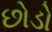
છોડો